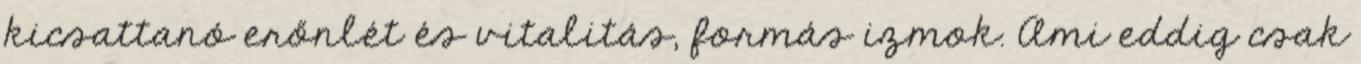
kicsattanó erőnlét és vitalitás, formás izmok. Ami eddig csak